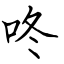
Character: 咚